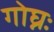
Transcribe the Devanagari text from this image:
गोघ्नः